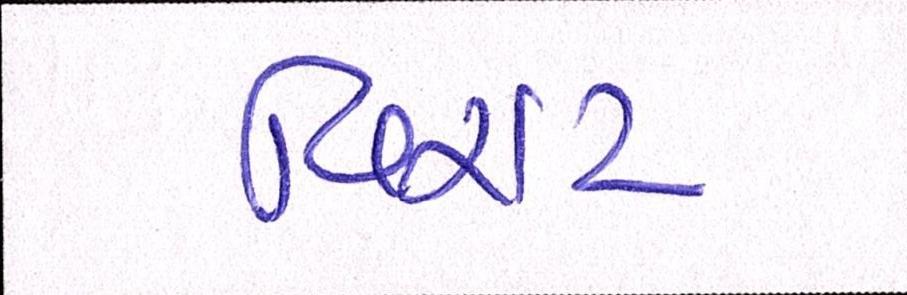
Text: વિરાટની